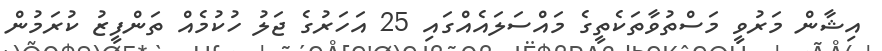
އިޝާން މަރުވީ މަސްތުވާތަކެތީގެ މައްސަލައެއްގައި 25 އަހަރުގެ ޖަލު ހުކުމެއް ތަންފީޒު ކުރަމުން